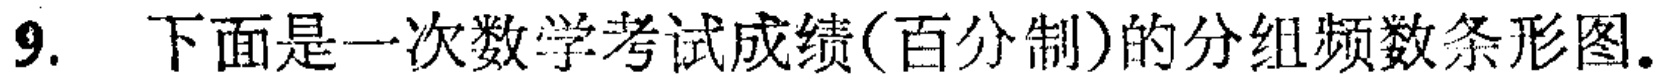
9. 下面是一次数学考试成绩(百分制)的分组频数条形图.